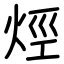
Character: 烴